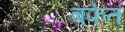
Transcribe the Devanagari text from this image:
बफेत